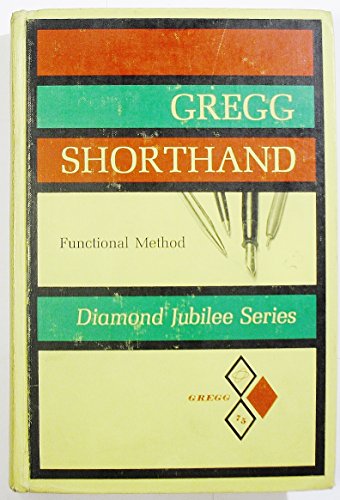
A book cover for Gregg Shorthand: Functional Method; louis A. Leslie; Business & Money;